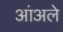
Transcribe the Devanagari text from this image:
आंअले